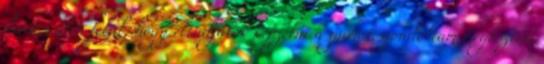
kérdéseiden felül, hogy eltudjátok képzelni a gumót, gondoltam megosztom